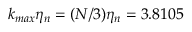
k _ { m a x } \eta _ { n } = ( N / 3 ) \eta _ { n } = 3 . 8 1 0 5